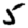
Digit: 5